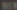
NEW